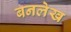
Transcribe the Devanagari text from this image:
बनलेख